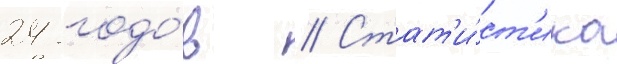
24 годо́в // Стат'и́ст'ика